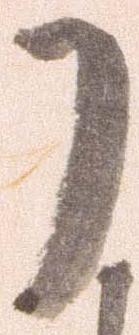
了